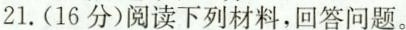
21.(16分)阅读下列材料，回答问题。